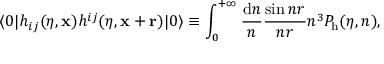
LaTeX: \langle 0 \vert h _ { i j } ( \eta , { \bf x } ) h ^ { i j } ( \eta , { \bf x } + { \bf r } ) \vert 0 \rangle \equiv \int _ { 0 } ^ { + \infty } \frac { \mathrm { d } n } { n } \frac { \sin n r } { n r } n ^ { 3 } P _ { \mathrm { h } } ( \eta , n ) ,